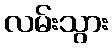
လမ်းသွား